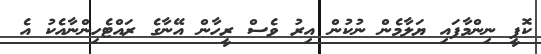
ކޮފީ ނިންމާފައި ޔަލާމެން ނުކުން އިރު ވެސް ރީހާން އޭނާގެ ރައްޓެހިންނާއެކު އެ